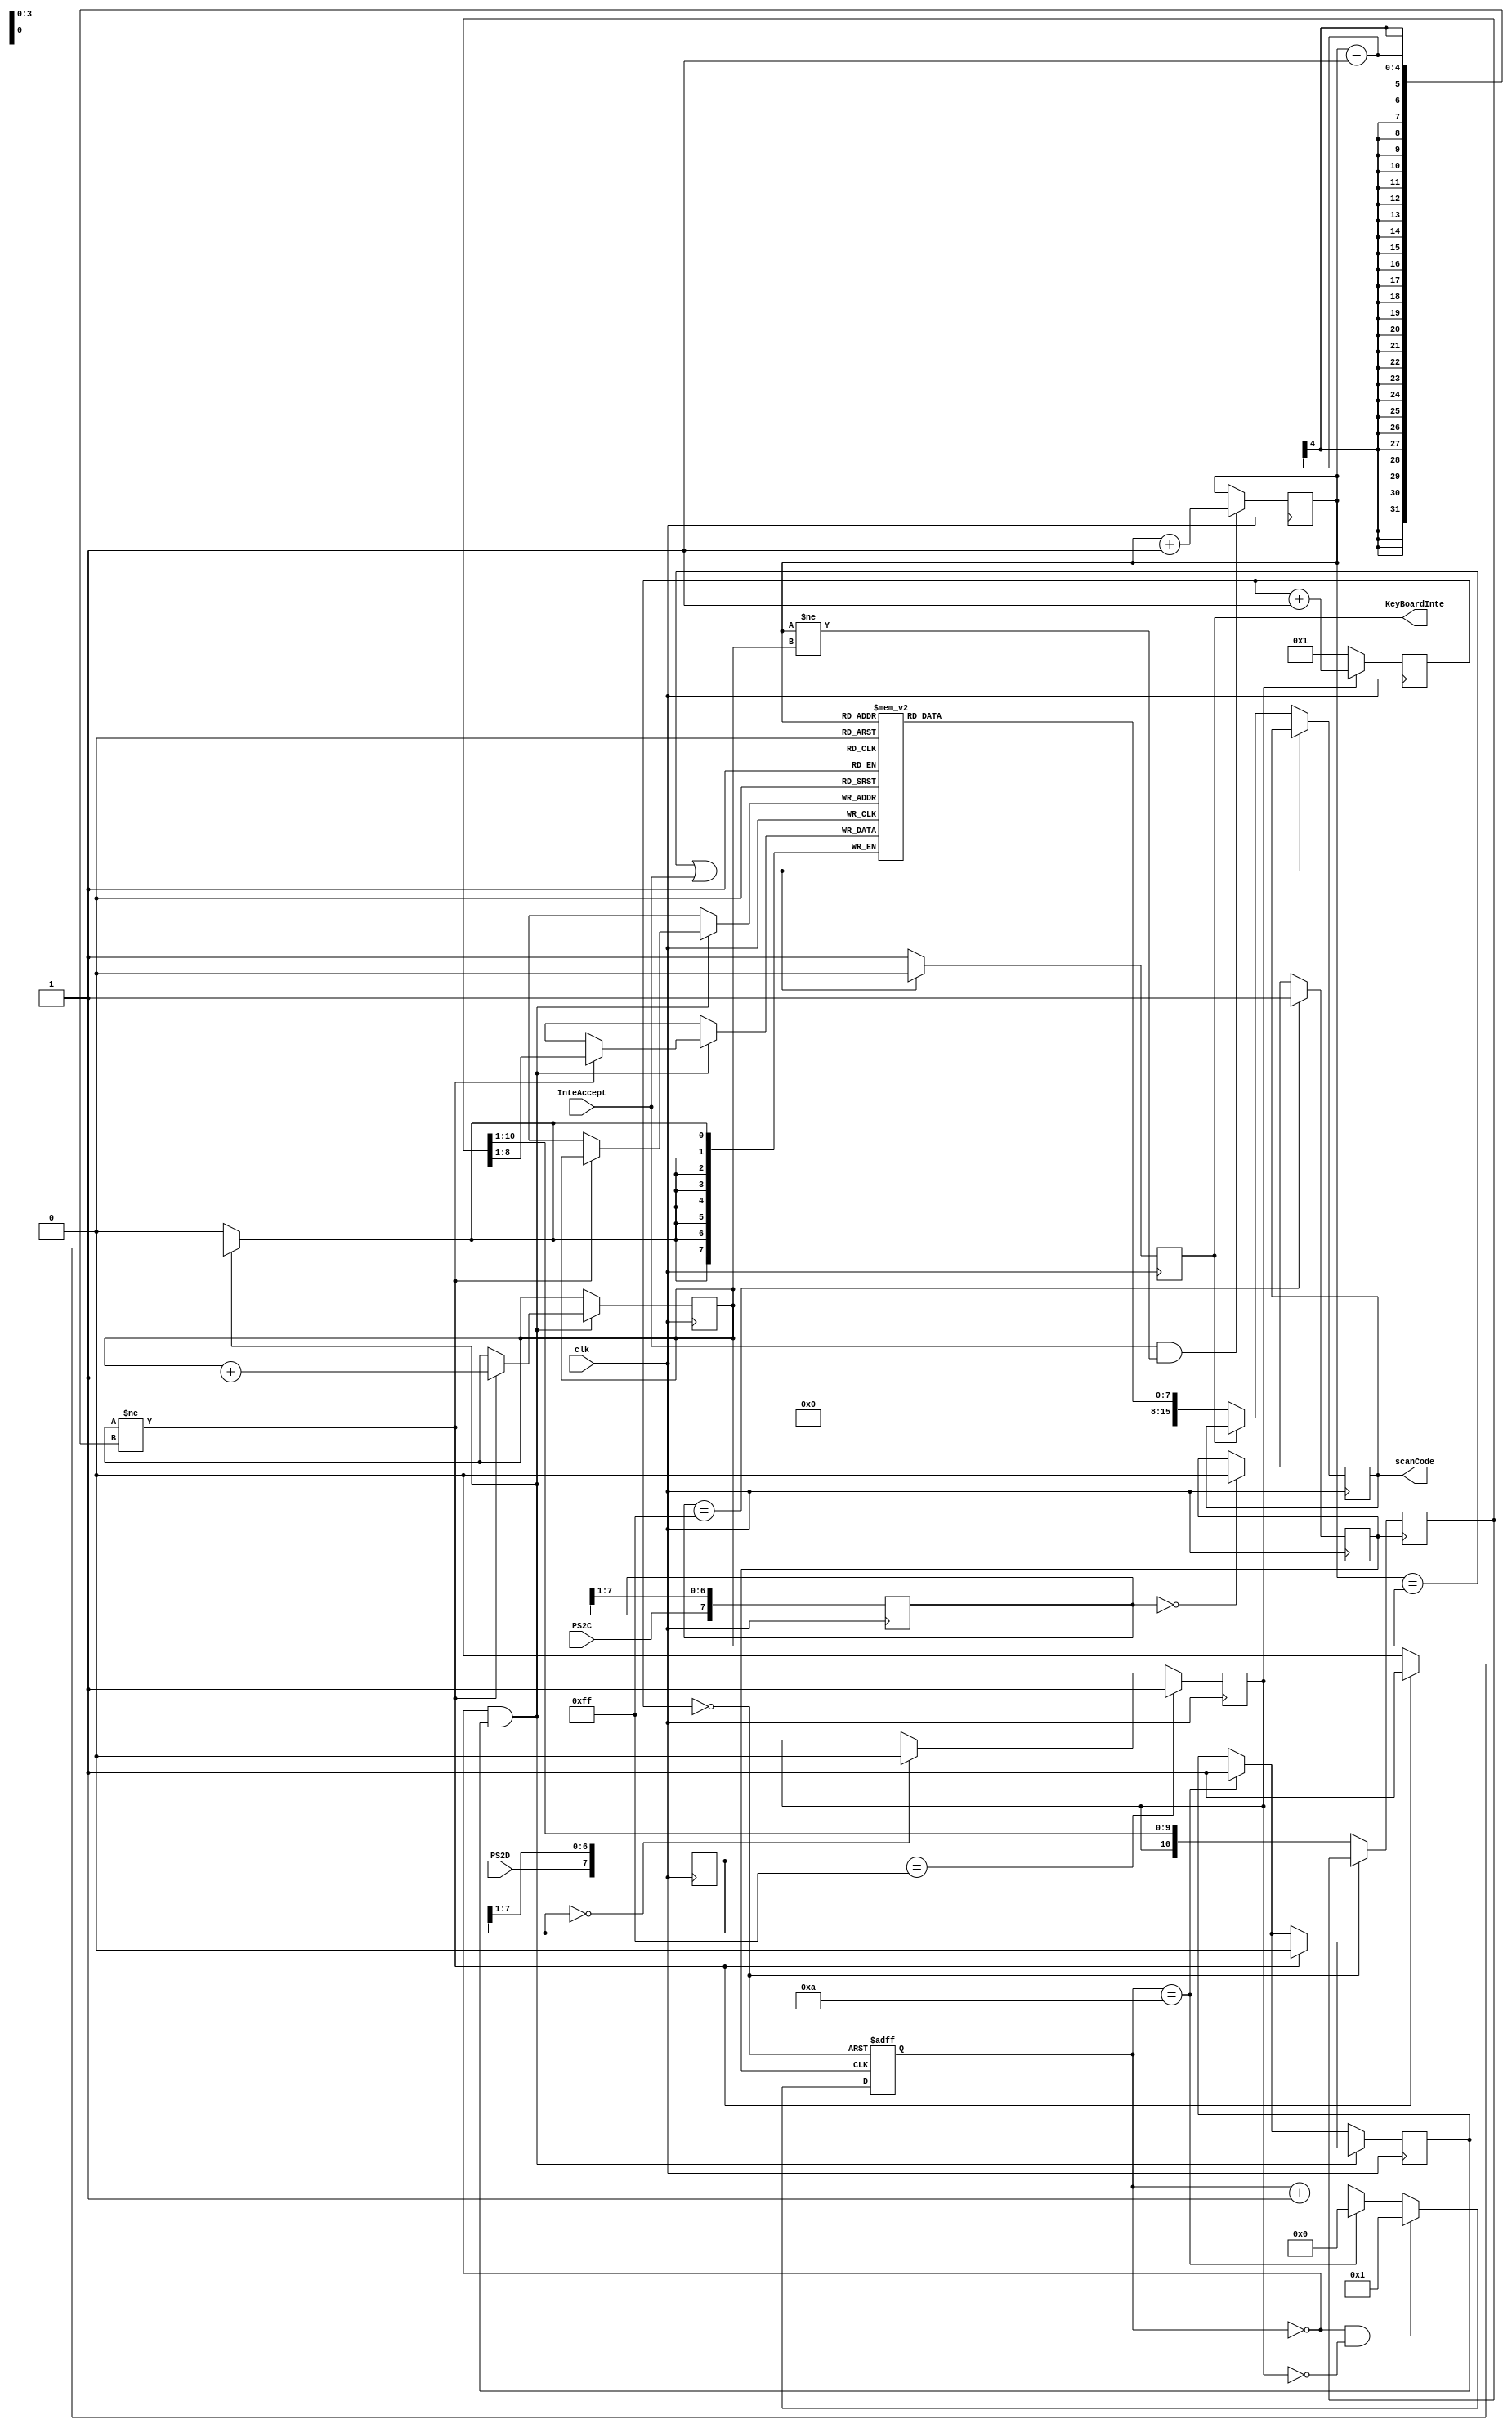
`timescale 1ns / 1ps
//////////////////////////////////////////////////////////////////////////////////
// Company: 
// Engineer: 
// 
// Design Name: 
// Module Name:    KeyBoardControler 
// Project Name: 
// Target Devices: 
// Tool versions: 
// Description: 
//
// Dependencies: 
//
// Revision: 
// Revision 0.01 - File Created
// Additional Comments: 
//
//////////////////////////////////////////////////////////////////////////////////
module KeyBoardControler(
input wire clk,
input wire PS2C,
input wire PS2D,
input wire InteAccept,
output reg[15:0] scanCode,
output reg KeyBoardInte
    );
/*
reg clk;
reg PS2C;
reg PS2D;
wire InteAccept;
reg en;
assign InteAccept = KeyBoardInte & en;
initial begin
	clk = 0;
	PS2C = 0;
	PS2D = 0;
	en = 0;
	#12000
	en = 1;
end
//always@(posedge clk) begin
//	InteAccept <= KeyBoardInte;
//end
always #10 begin
	 clk = ~clk;
end
always #200 begin
	PS2C = ~PS2C;
end
always #330 begin
	PS2D = ~PS2D;
end
*/
	reg[7:0] buffer[15:0];
	reg[3:0] put,get;
	reg[3:0] state;
	reg[22:0] count;
	reg PS2Cf,PS2Df;
	reg [7:0] ps2c_filter,ps2d_filter;
	reg [10:0] shift1,shift2;
	reg new;
	
	initial begin
		put<=0; 
		get<=0;
		ps2c_filter<=0;
		ps2d_filter<=0;
		PS2Cf<=1;
		PS2Df<=1;
		shift1 <= 0;
		shift2 <= 0;
		state <= 0;
		count <= 0;
		new <= 0;
		KeyBoardInte <= 0;
	end
	
	always @(posedge clk) begin
		//
		ps2c_filter[7]<=PS2C;
		ps2c_filter[6:0]<=ps2c_filter[7:1];
		ps2d_filter[7]<=PS2D;
		ps2d_filter[6:0]<=ps2d_filter[7:1];
		if(ps2c_filter == 8'b11111111)
			PS2Cf<=1;
		else begin
			if(ps2c_filter == 8'b00000000)
				PS2Cf<=0;
		end
		
		if(ps2d_filter == 8'b11111111)
			PS2Df<=1;
		else begin
			if(ps2d_filter == 8'b00000000)
				PS2Df<=0;
		end
		if(PS2Df) begin
			count <= count + 1;
		end
		else begin
			count <= 1;
		end
		if(state == 10) begin
			new <= 1;
		end
		if((state == 0) && new) begin
			if(put != get-1) begin
				buffer[put] <= shift1[8:1];
				put <= put+1;
				new <= 0;
			end
		end
		if((get == put) | InteAccept) begin
			KeyBoardInte <= 0;
		end
		else begin
			if(KeyBoardInte == 0) begin
				scanCode <= buffer[get];
				KeyBoardInte <= 1;
			end
		end
		if(InteAccept & (get != put)) begin
			get <= get + 1;
		end
	end
	wire rst;
	assign rst = (count == 0);
	
	//PS2PS2
	always @(negedge PS2Cf or posedge rst) begin
		if(rst) begin
			state <= 0;
		end
		else begin
			shift1<={PS2Df,shift1[10:1]};
			shift2<={shift1[0],shift2[10:1]};//
			
			if(state == 0 && PS2Df == 0) begin
				state <= 1;
			end
			else if(state == 10) begin
				state <= 0;
			end
			else begin
				state <= state + 1;
			end
		end
	end
endmodule